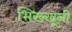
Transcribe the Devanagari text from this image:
भिख्खूनी